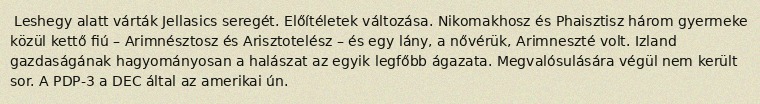
Leshegy alatt várták Jellasics seregét. Előítéletek változása. Nikomakhosz és Phaisztisz három gyermeke közül kettő fiú – Arimnésztosz és Arisztotelész – és egy lány, a nővérük, Arimneszté volt. Izland gazdaságának hagyományosan a halászat az egyik legfőbb ágazata. Megvalósulására végül nem került sor. A PDP-3 a DEC által az amerikai ún.